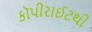
કૉપીરાઈટથી